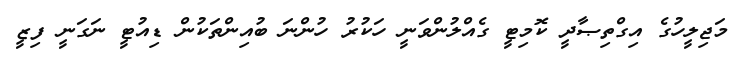
މަޖިލީހުގެ އިގްތިޞާދީ ކޮމިޓީ ގެއްލުންވަނީ ހަކުރު ހުންނަ ބުއިންތަކުން ޑިއުޓީ ނަގަނީ ފިޒީ